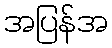
အပြန်အ